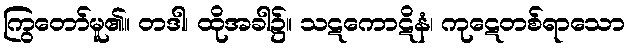
ကြွတော်မူ၏။ တဒါ၊ ထိုအခါ၌။ သဋကောဋိနံ၊ ကုဋေတစ်ရာသော